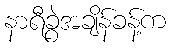
နာရီခွဲအချိန်ခန့်က